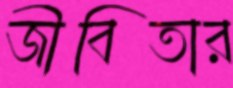
জীবিতার